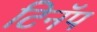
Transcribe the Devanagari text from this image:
टिनॅप